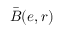
\bar { B } ( e , r )